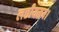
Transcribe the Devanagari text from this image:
लछीयस्रय।